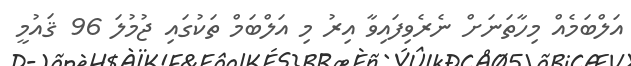
އަލްބަމެއް މިހާތަނަށް ނެރެވިފައިވާ އިރު މި އަލްބަމް ތަކުގައި ޖުމުލަ 96 ޤައުމީ